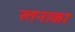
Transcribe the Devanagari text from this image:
स्तनाका